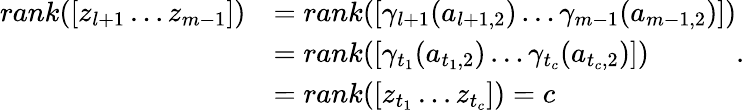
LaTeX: \begin{array}{rl}{rank([z_{l+1}\dots z_{m-1}])}&{=rank([\gamma_{l+1}(a_{l+1,2})\dots\gamma_{m-1}(a_{m-1,2})])}\\ &{=rank([\gamma_{t_{1}}(a_{t_{1},2})\dots\gamma_{t_{c}}(a_{t_{c},2})])}\\ &{=rank([z_{t_{1}}\dots z_{t_{c}}])=c}\end{array}.